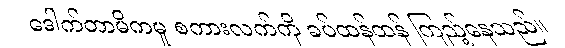
ဒေါက်တာမိကမူ စကားလက်ကို ခပ်ထန်ထန် ကြည့်နေသည်။